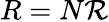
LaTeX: R=N{\cal R}